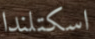
اسكتلندا